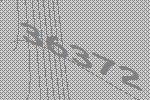
36372